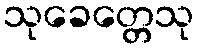
သုခေတ္တေသု